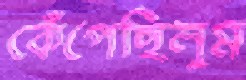
কেঁপেছিলুম